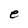
Character: e